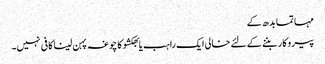
مہاتما بدھ کے
پیروکار بننے کے لئے خالی ایک راہب یا بھکشو کا چوغہ پہن لینا کافی نہیں۔